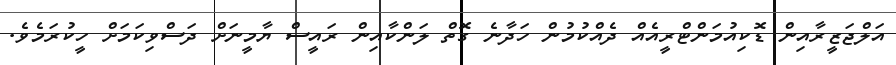
އަލްޖަޒީރާއިން ޑޮކިއުމަންޓްރީއެއް ދެއްކުމުން ހަދާނެ ގޮތް ލަންކާއިން ރައީސް ޔާމީނަށް ދަސްވިކަމަށް ހީކުރަމެވެ.